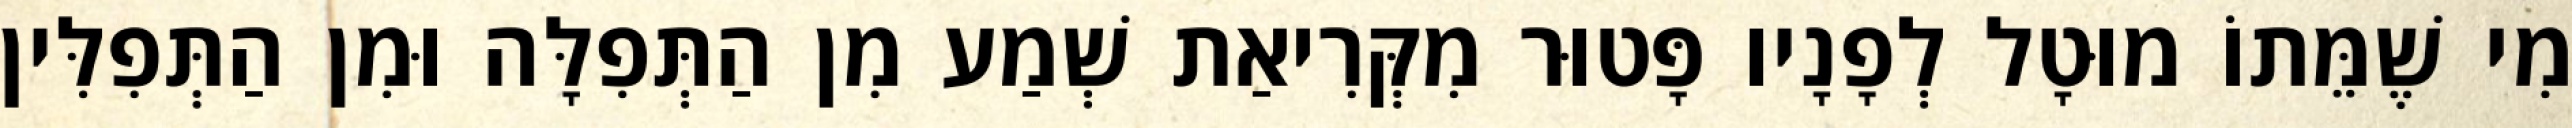
מִי שֶׁמֵּתוֹ מוּטָל לְפָנָיו פָּטוּר מִקְּרִיאַת שְׁמַע מִן הַתְּפִלָּה וּמִן הַתְּפִלִּין